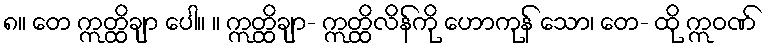
၈။ တေ ဣတ္ထိချာ ပေါ။ ။ ဣတ္ထိချာ- ဣတ္ထိလိန်ကို ဟောကုန် သော၊ တေ- ထို ဣဝဏ်